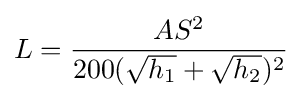
L={\frac {AS^{2}}{200({\sqrt {h_{1}}}+{\sqrt {h_{2}}})^{2}}}